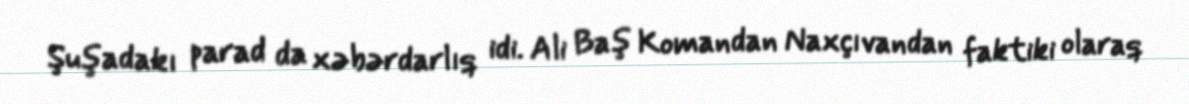
Şuşadakı parad da xəbərdarlıq idi. Ali Baş Komandan Naxçıvandan faktiki olaraq